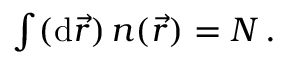
\begin{array} { r } { \int ( \mathrm { d } \vec { r } ) \, n ( \vec { r } ) = N \, . } \end{array}